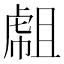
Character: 𧇇